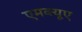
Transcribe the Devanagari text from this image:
एमक्यूए